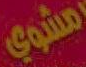
مشوي